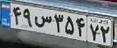
۴۹س۳۵۴۷۲